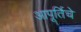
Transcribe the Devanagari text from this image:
आपूर्तिचे